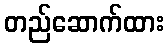
တည်ဆောက်ထား